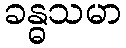
ခန္ဓသမာ